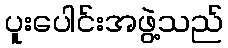
ပူးပေါင်းအဖွဲ့သည်